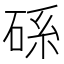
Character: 𥒶